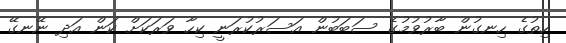
ހިތުގެ ހިނގުން ބާރުވުމުގެ ސަބަބުން އަސަރުކުރަނީ ކިހާ ވަރަކަށް ކަން އަދި ނޭނގޭ